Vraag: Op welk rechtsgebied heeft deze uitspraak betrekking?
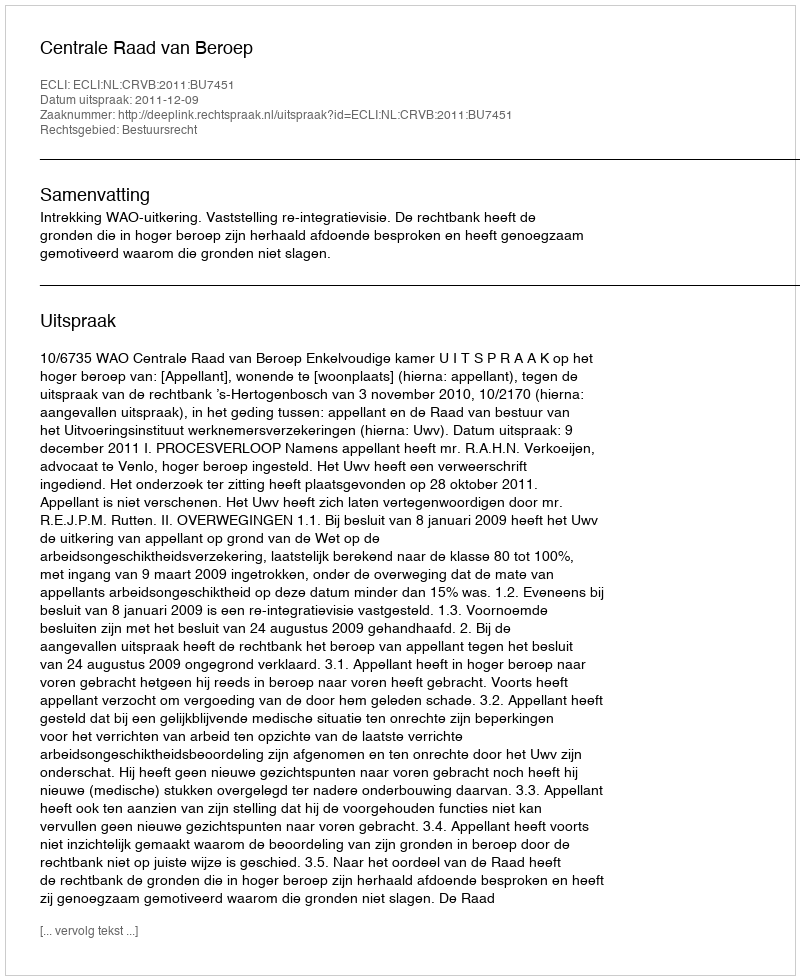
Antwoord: Bestuursrecht